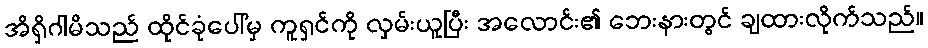
အိရှိဂါမိသည် ထိုင်ခုံပေါ်မှ ကူရှင်ကို လှမ်းယူပြီး အလောင်း၏ ဘေးနားတွင် ချထားလိုက်သည်။